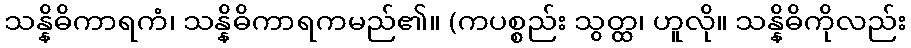
သန္နိဓိကာရကံ၊ သန္နိဓိကာရကမည်၏။ (ကပစ္စည်း သွတ္ထ၊ ဟူလို။ သန္နိဓိကိုလည်း